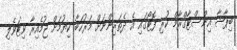
ބިޕާޝާ އިންސްޓާގްރާމް ކުރި ފޮޓޯގައި އެ ދެތަރިންނަށް މަރުހަބާ ކިޔުމަށް ޖުމެއިރާ ވިޓަވެލި